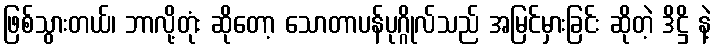
ဖြစ်သွားတယ်၊ ဘာလို့တုံး ဆိုတော့ သောတာပန်ပုဂ္ဂိုလ်သည် အမြင်မှားခြင်း ဆိုတဲ့ ဒိဋ္ဌိ နဲ့